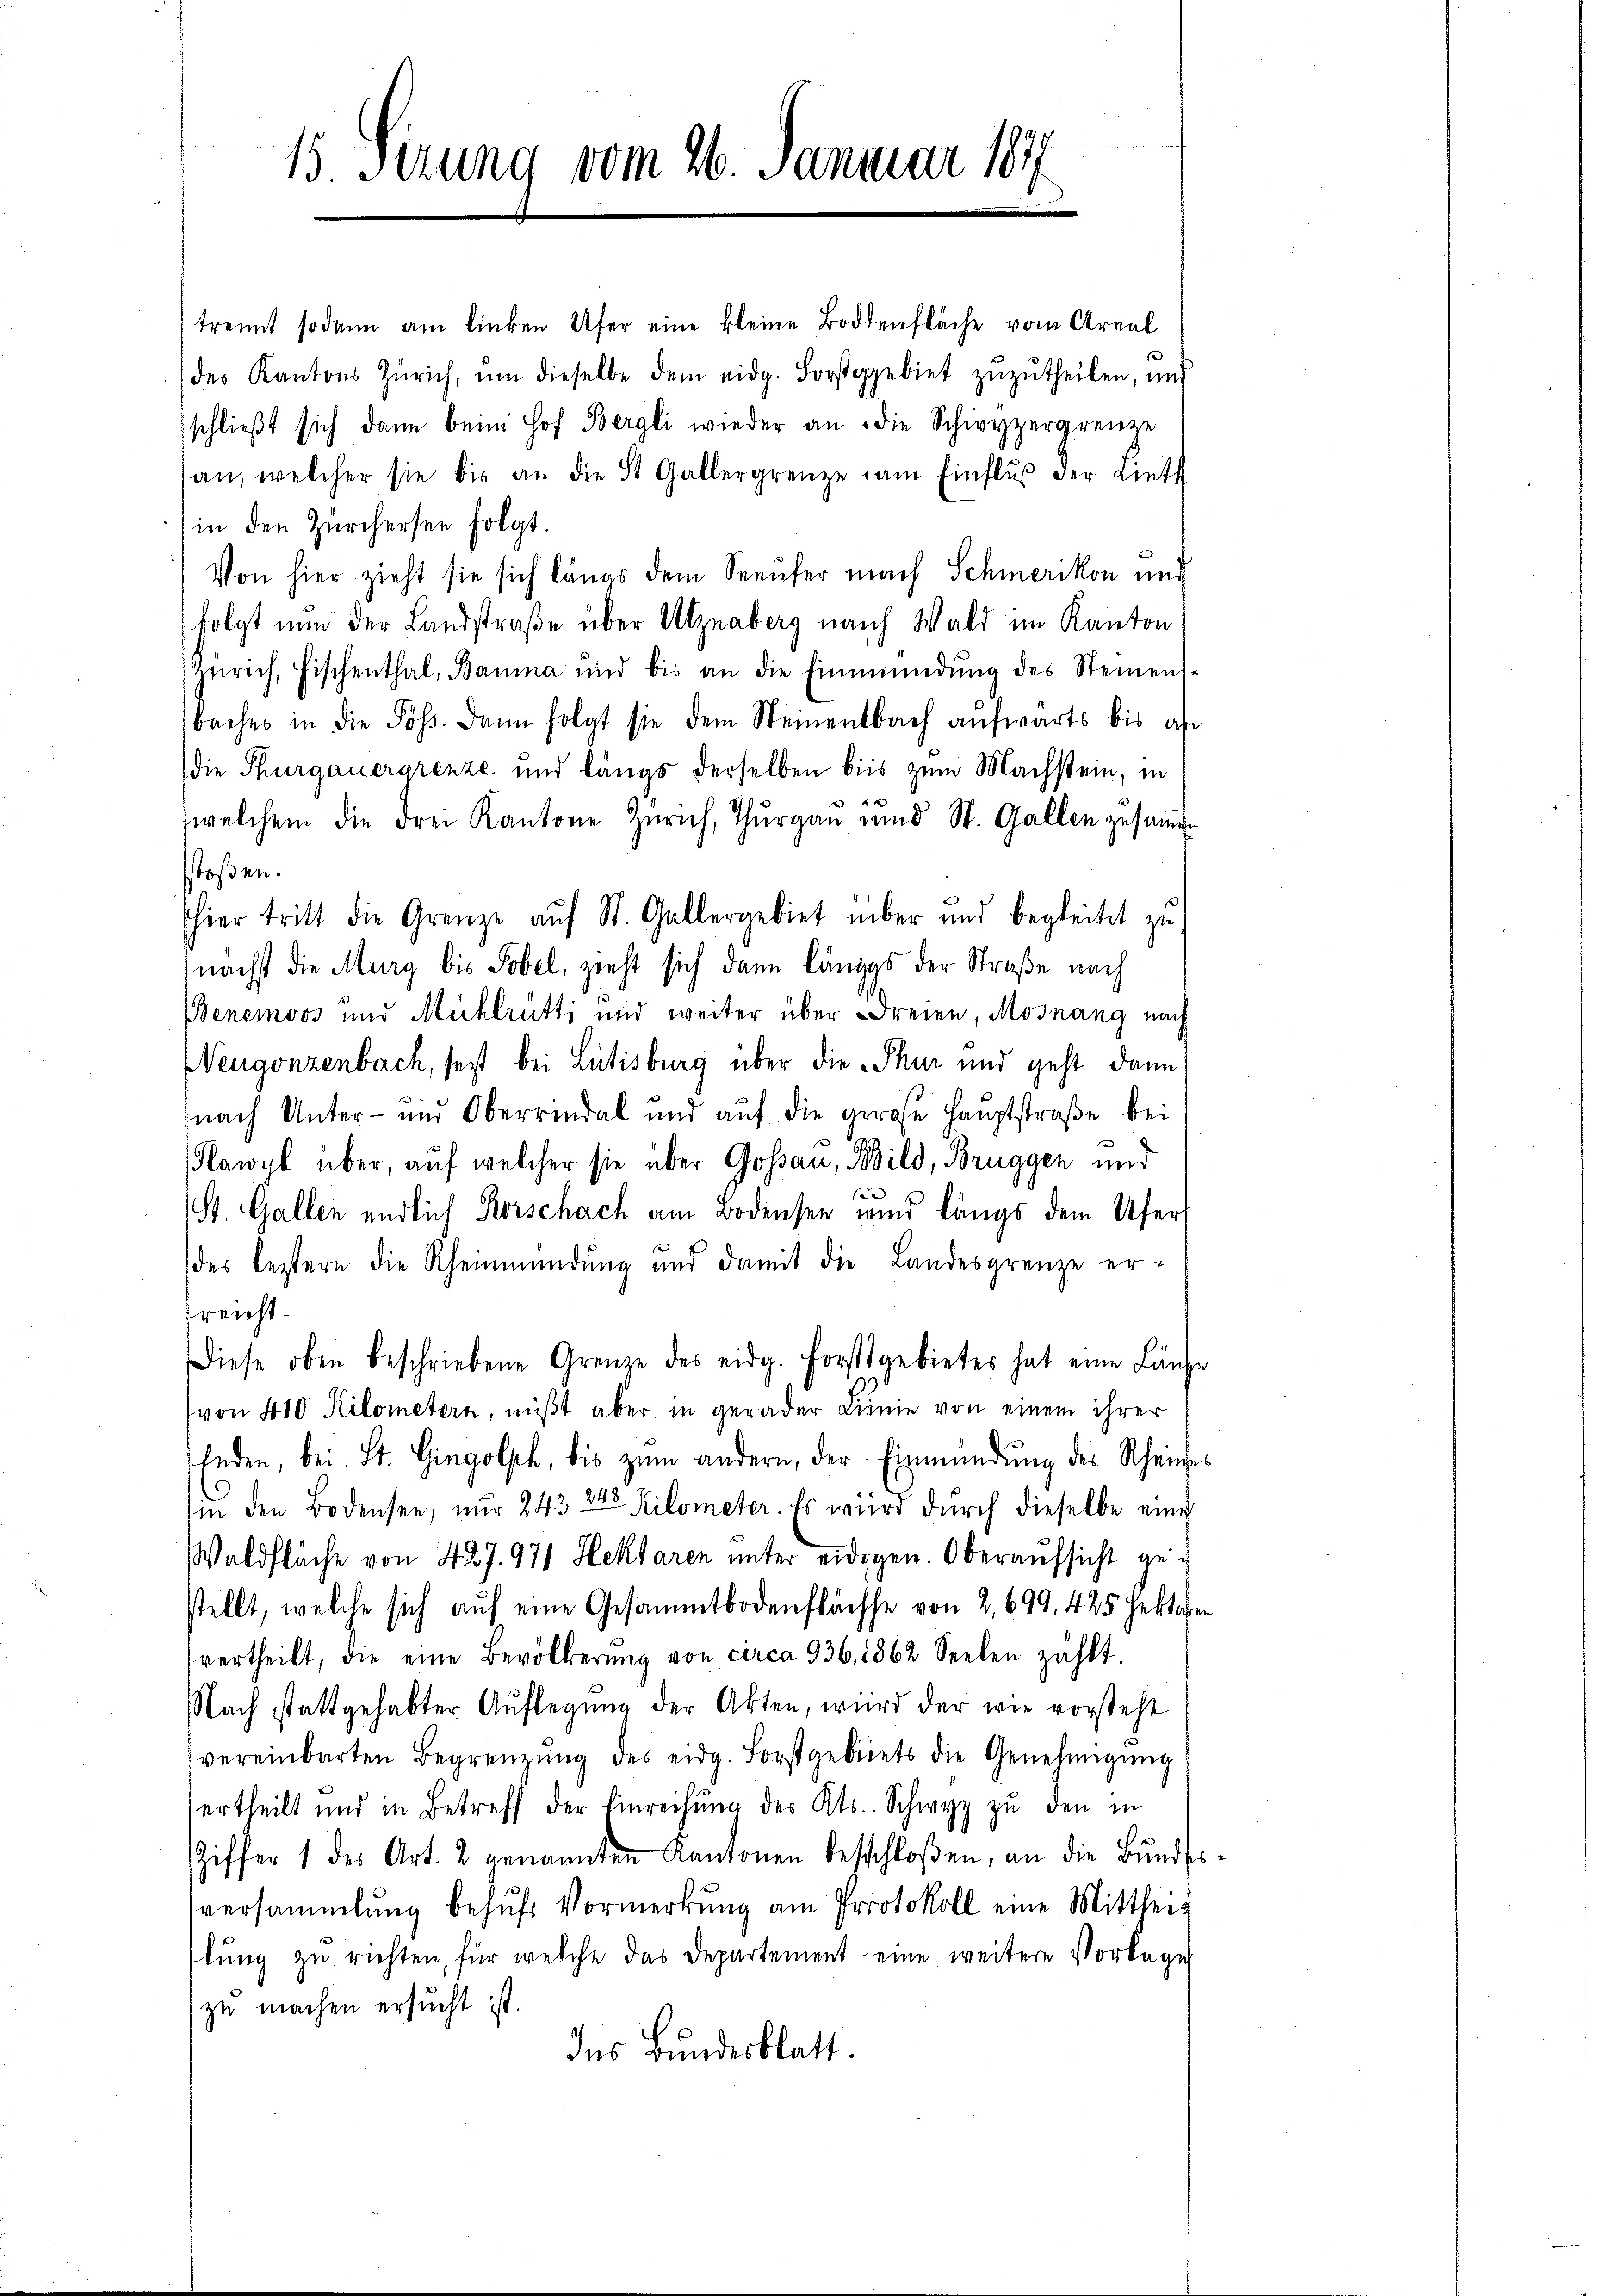
15 Serung vom 26. Januar 187

trennt sodann am linken Ufer eine kleine Bodenfläche vom Areal
e
des Kantons Zürich, ŭm dieselbe dem eidg. Forstgebiet zŭzŭtheilen, und
schlieβt sich dann beim Hof Bergli wieder an die Schwyzergrenze
an, welcher sie bis an die St. Gallergrenze am Einflŭβ der Liett
in den Zürchersee folgt.
Von hier zieht sie sich längs dem Seeufer nach Schmerikon und
folgt nun der Landstraße über Utznaberg nach Wald im Kanton
Zürich, Fischenthal, Bauma und bis an die Einmündŭng des Steinens-
baches in die Sös. Dann folgt sie dem Steinentbach aufwärts bis an
die Thurgauergrenze und längs derselben bis zum Machstein, in
welchem die Frei Kantone Zürich, Thurgau und St. Gallen zusamme
stoßen.
hier tritt die Grenze auf St. Gallergebiet über und begleitet zu
nächst die Murg bis Tobel, zieht sich dann längs der Straße nach
Benemoos und Michlrutti und weiter über Freien, Mosnang nach
Neugonzenbach, sest bei Lütisburg über die Thur und geht dann
nach Unter- und Oberrendal und aŭf die gerose Hauptstraβe bei
Hawyl über, auf welcher sie über Gossau, Bild, Bruggen und
St. Gallen endlich Korschach am Bodensee wird längs dem Uferdes leztern die Rheinmündung und damit die Landesgrenze er-
reicht.
Diese oben beschriebene Grenze des eidg. Forstgebietes hat eine Länge
von 410 Kilometern, mißt aber in gerader Linie von einem ihrer
Enden, bei St. Gingolph, bis zŭm andern, der Einmündung des Rheine
in den Bodensee, nur 243 24 Kilometer. Es wird durch dieselbe eine
Waldfläche von 427. 971 Heklaren unter eidgen. Oberaufsicht gestellt, welche sich auf eine Gesammtbodenfläche von 2, 699, 425 Hektor
vertheilt, die eine Bevölkerŭng von circa 936, 1862 Seelen zählt.
Nach stattgehabter Auflegung der Akten, wird der wie vorsteht
vereinbarten Begrenzŭng des eidg. Forstgebiets die Genehmigŭng
ertheilt und in Betreff der Einreichŭng des Kts. Schwyz zŭ den in
Ziffer 1 des Art. 2 genannten Kantonen beschloßen, an die Bŭnde
versammlung behŭfs Vormerkŭng am Protokoll eine Mittleilung zu richten, für welche das Departement seine weitere Vorlage
zu machen ersucht ist.
Ins Bundesblatt.

i